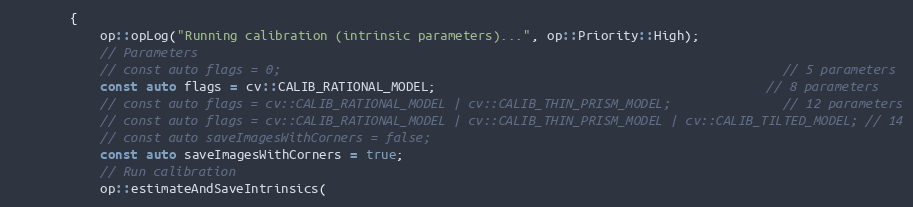
Language: C++
        {
            op::opLog("Running calibration (intrinsic parameters)...", op::Priority::High);
            // Parameters
            // const auto flags = 0;                                                                   // 5 parameters
            const auto flags = cv::CALIB_RATIONAL_MODEL;                                            // 8 parameters
            // const auto flags = cv::CALIB_RATIONAL_MODEL | cv::CALIB_THIN_PRISM_MODEL;               // 12 parameters
            // const auto flags = cv::CALIB_RATIONAL_MODEL | cv::CALIB_THIN_PRISM_MODEL | cv::CALIB_TILTED_MODEL; // 14
            // const auto saveImagesWithCorners = false;
            const auto saveImagesWithCorners = true;
            // Run calibration
            op::estimateAndSaveIntrinsics(